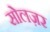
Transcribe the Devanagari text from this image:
सोलज़र